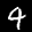
Label: 4